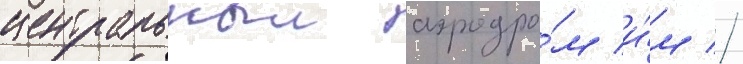
центральныи аэродро́м и́м //